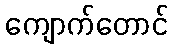
ကျောက်တောင်